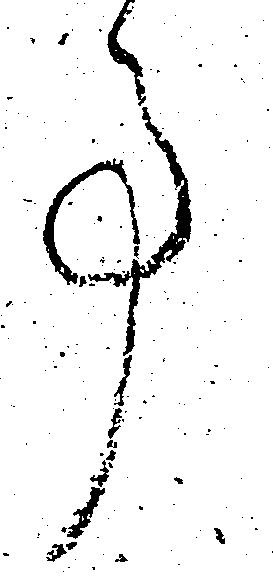
事